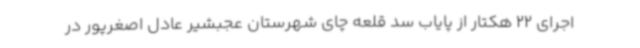
اجرای 22 هکتار از پایاب سد قلعه چای شهرستان عجبشیر عادل اصغرپور در